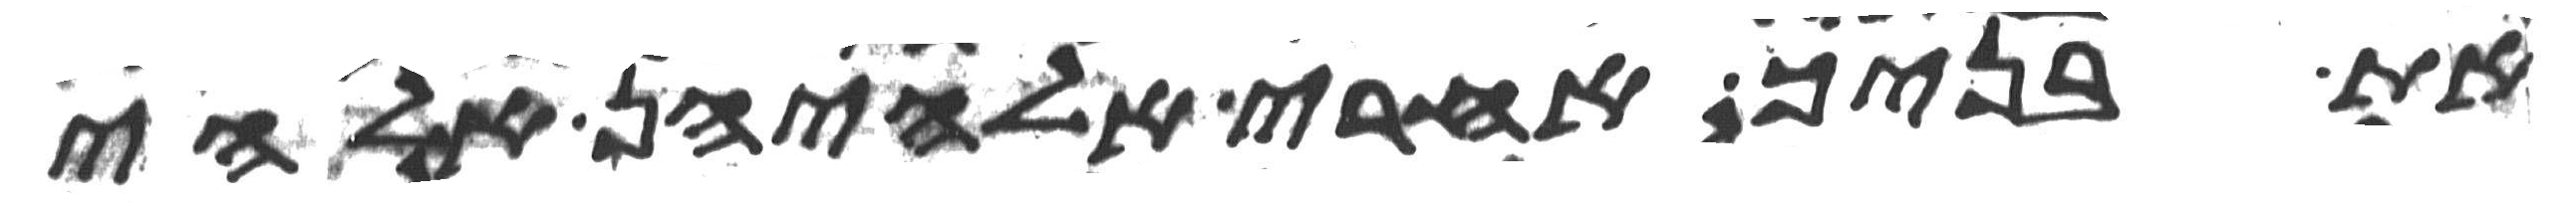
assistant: את בניך אחרי אלהיהן אלהי